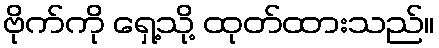
ဗိုက်ကို ရှေ့သို့ ထုတ်ထားသည်။